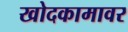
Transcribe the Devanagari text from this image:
खोदकामावर